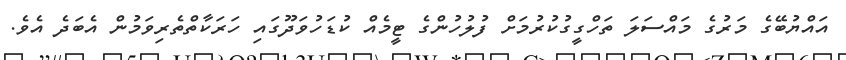
އައްޔުބޭގެ މަރުގެ މައްސަލަ ތަހްގީގުކުރުމަށް ފުލުހުންގެ ޓީމެއް ކުޑަހުވަދޫގައި ހަރަކާތްތެރިވަމުން އެބަދެ އެވެ.